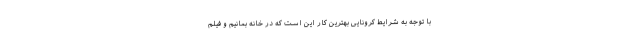
با توجه به شرایط کرونایی بهترین کار این است که در خانه بمانیم و فیلم